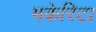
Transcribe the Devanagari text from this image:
मकेरिटा